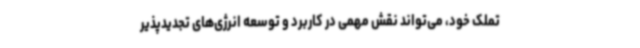
تملک خود، می‌تواند نقش مهمی در کاربرد و توسعه انرژی‌های تجدیدپذیر